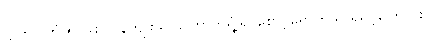
ဋ္ဌ-၆၁၊ ကံ ၅-ပါး လွန်ကျူးသူ၊ ကြောက်ရွံ့၍ စောင့်ရှောက်သူ ရဲရင့်ကြောင်း။